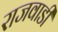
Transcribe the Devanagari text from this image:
राजवाडी